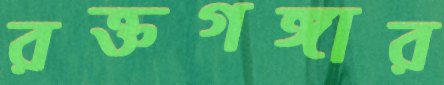
রক্তগঙ্গার